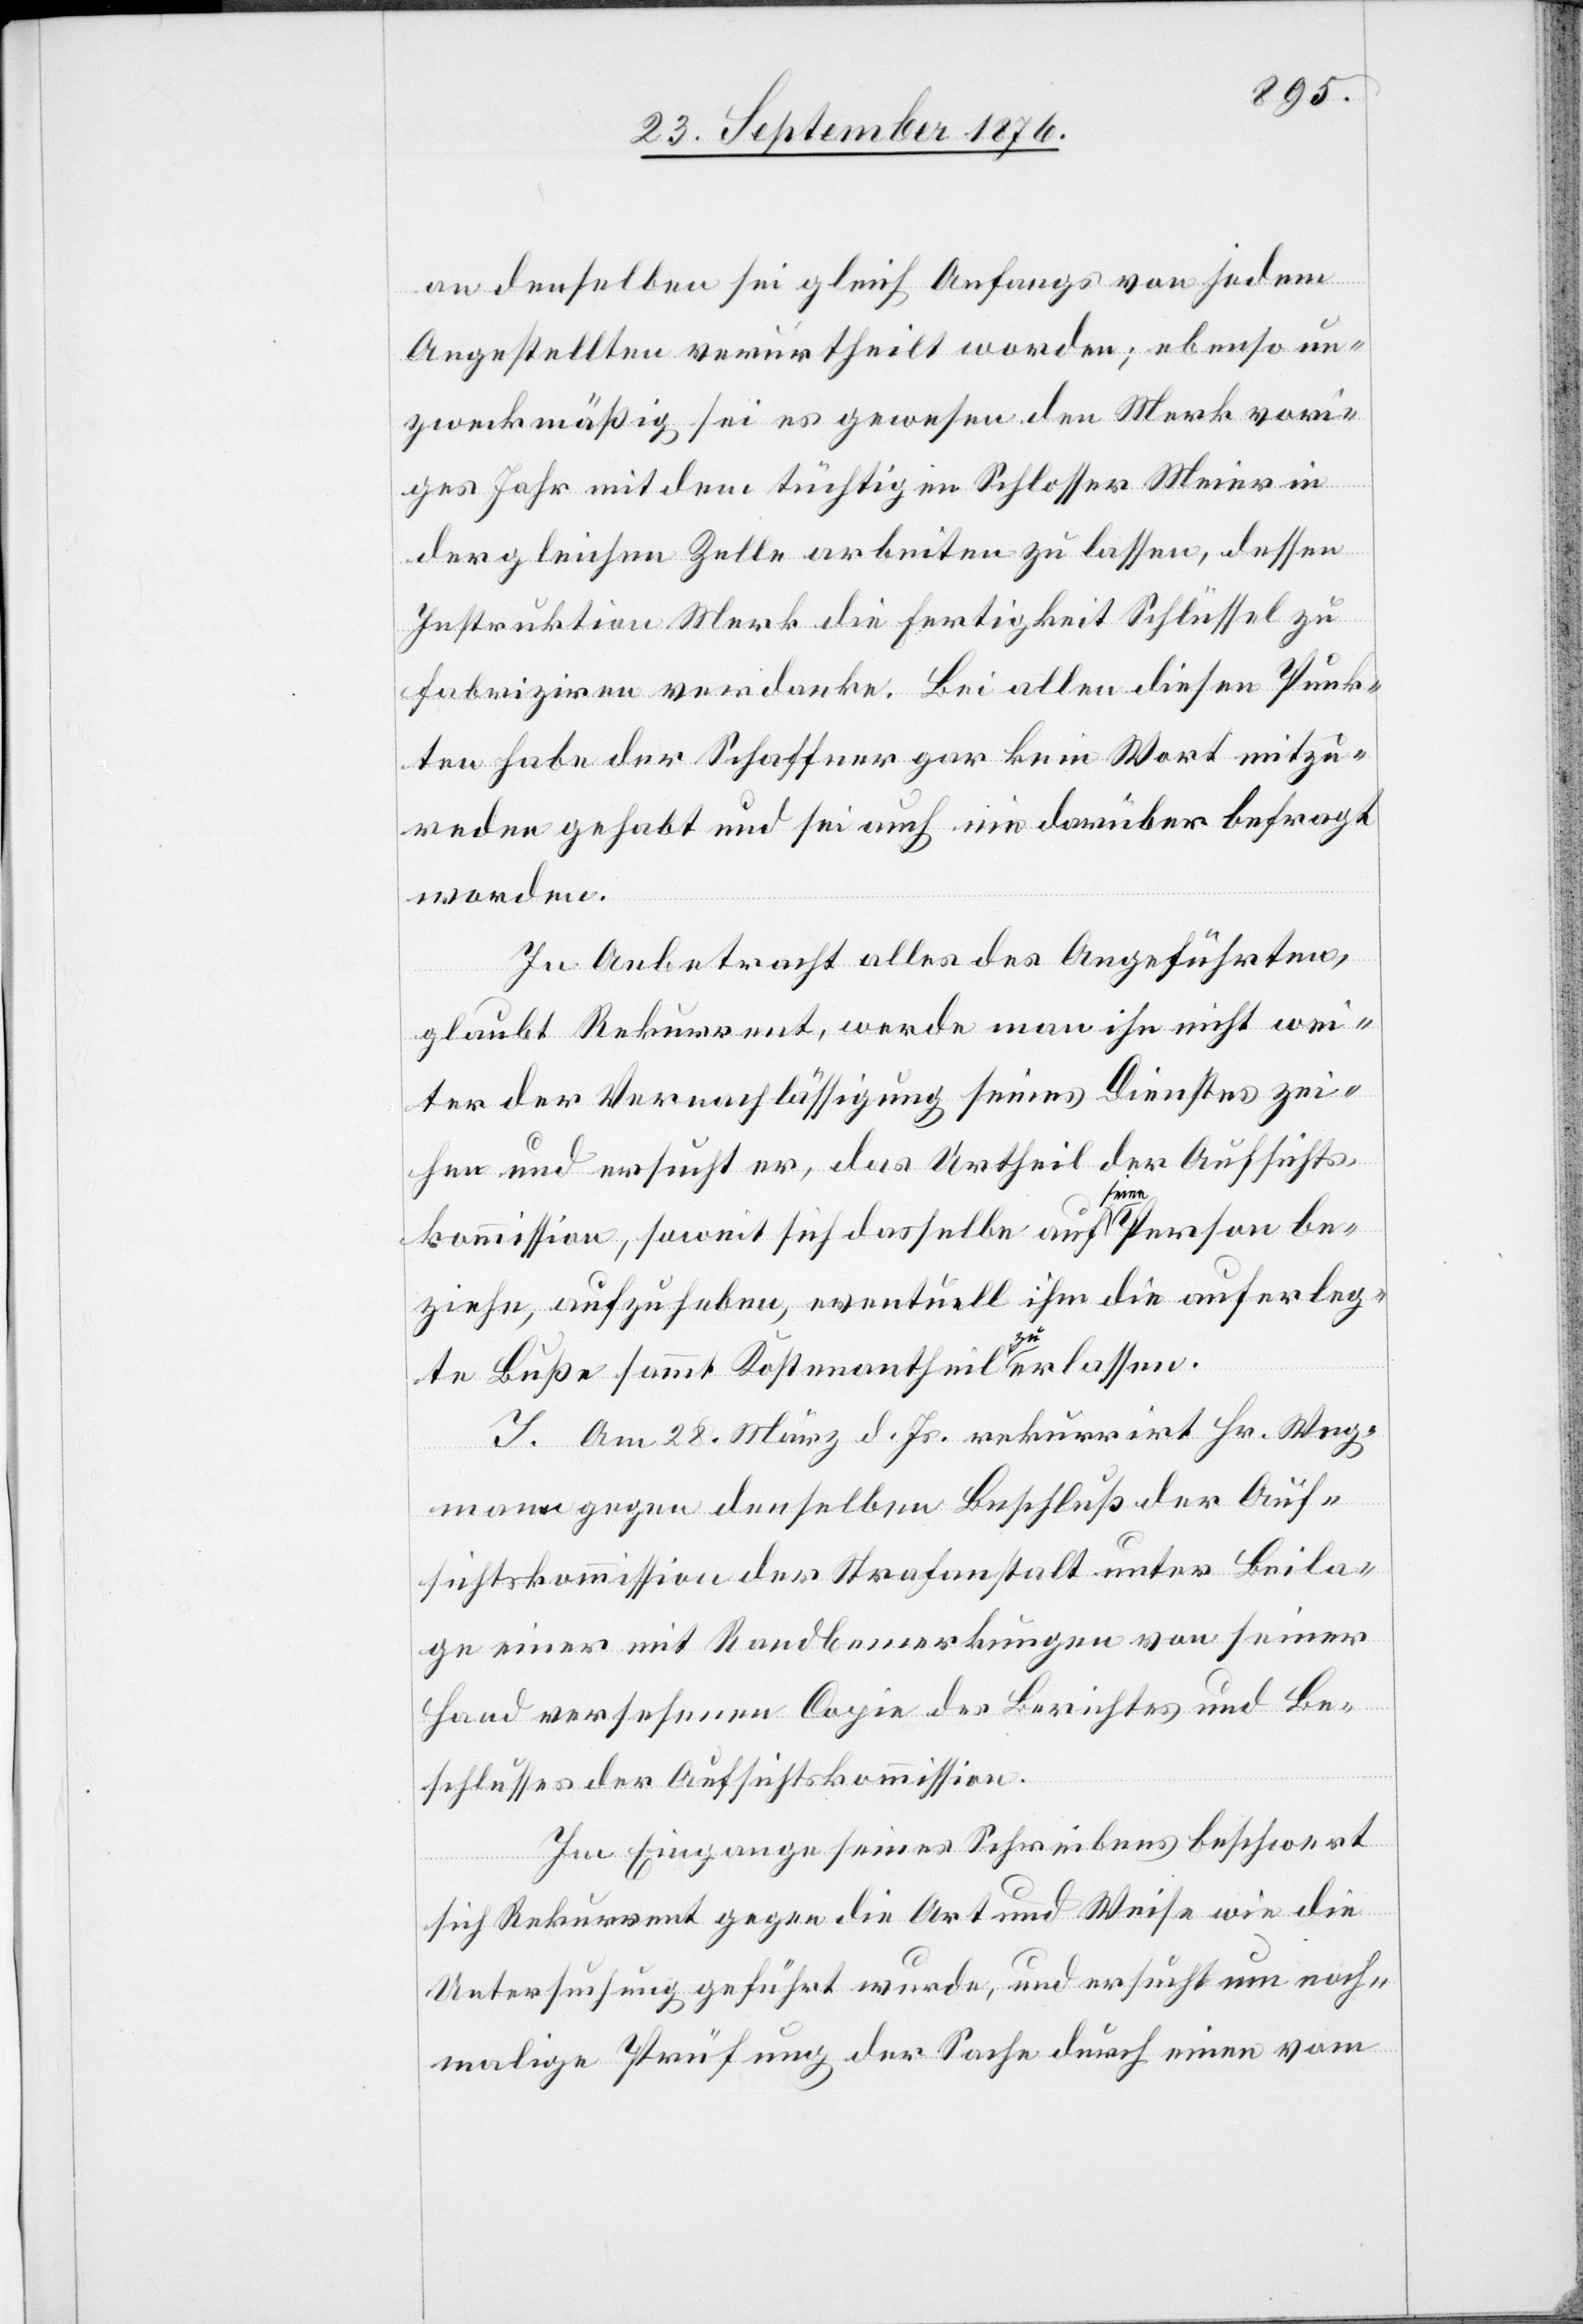
an denselben sei gleich Anfangs von jedem
Angestellten verurtheilt worden; ebenso un¬
zweckmäßig sei es gewesen den Merk vori¬
ges Jahr mit dem tüchtigen Schlosser Meier in
der gleichen Zelle arbeiten zu lassen, dessen
Instruktion Merk die Fertigkeit Schlüssel zu
fabriziren verdanke. Bei allen diesen Punk¬
ten habe der Schaffner gar kein Wort mitzu¬
reden gehabt und sei auch nie darüber befragt
worden.
In Anbetracht alles des Angeführten,
glaubt Rekurrent, werde man ihn nicht wei¬
ter der Vernachläßigung seines Dienstes zei¬
hen und ersucht er, das Urtheil der Aufsichts¬
kommission, soweit sich dasselbe auf a seine a Person be¬
ziehe, aufzuheben, eventuell ihm die auferleg¬
te Buße sammt Kostenantheil a zu a erlassen.
I. Am 28. März d. Js. rekurrirt Hr. Weg¬
mann gegen denselben Beschluß der Auf¬
sichtskommission der Strafanstalt unter Beila¬
ge einer mit Randbemerkungen von seiner
Hand versehenen Copie des Berichtes und Be¬
schlusses der Aufsichtskommission.
Im Eingange seines Schreibens beschwert
sich Rekurrent gegen die Art und Weise wie die
Untersuchung geführt wurde, und ersucht um noch¬
malige Prüfung der Sache durch einen vom